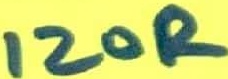
Text: 120R